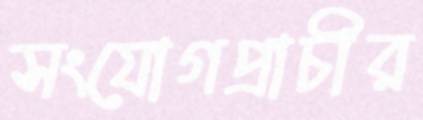
সংযোগপ্রাচীর